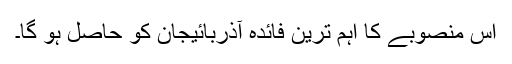
اس منصوبے کا اہم ترین فائدہ آذربائیجان کو حاصل ہو گا۔